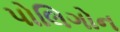
પોલિગોન